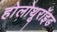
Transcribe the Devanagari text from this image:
होलोथूरॉइड